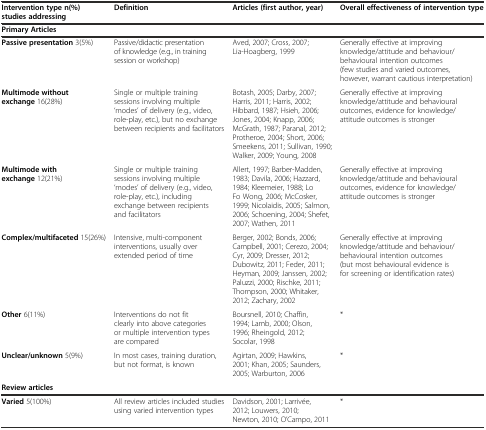
<table><thead><tr><td><b>Intervention type n(%) studies addressing</b></td><td><b>Definition</b></td><td><b>Articles (first author, year)</b></td><td><b>Overall effectiveness of intervention type</b></td></tr><tr><td><b>Primary Articles</b></td><td></td><td></td><td></td></tr></thead><tbody><tr><td><b>Passive presentation</b> 3(5%)</td><td>Passive/didactic presentation of knowledge (e.g., in training session or workshop)</td><td>Aved, 2007; Cross, 2007; Lia-Hoagberg, 1999</td><td>Generally effective at improving knowledge/attitude and behaviour/behavioural intention outcomes (few studies and varied outcomes, however, warrant cautious interpretation)</td></tr><tr><td><b>Multimode without exchange</b> 16(28%)</td><td>Single or multiple training sessions involving multiple ‘modes’ of delivery (e.g., video, role-play, etc.), but no exchange between recipients and facilitators</td><td>Botash, 2005; Darby, 2007; Harris, 2011; Harris, 2002; Hibbard, 1987; Hsieh, 2006; Jones, 2004; Knapp, 2006; McGrath, 1987; Paranal, 2012; Protheroe, 2004; Short, 2006; Smeekens, 2011; Sullivan, 1990; Walker, 2009; Young, 2008</td><td>Generally effective at improving knowledge/attitude and behavioural outcomes, evidence for knowledge/attitude outcomes is stronger</td></tr><tr><td><b>Multimode with exchange</b> 12(21%)</td><td>Single or multiple training sessions involving multiple ‘modes’ of delivery (e.g., video, role-play, etc.), including exchange between recipients and facilitators</td><td>Allert, 1997; Barber-Madden, 1983; Davila, 2006; Hazzard, 1984; Kleemeier, 1988; Lo Fo Wong, 2006; McCosker, 1999; Nicolaidis, 2005; Salmon, 2006; Schoening, 2004; Shefet, 2007; Wathen, 2011</td><td>Generally effective at improving knowledge/attitude and behavioural outcomes, evidence for knowledge/attitude outcomes is stronger</td></tr><tr><td><b>Complex/multifaceted</b> 15(26%)</td><td>Intensive, multi-component interventions, usually over extended period of time</td><td>Berger, 2002; Bonds, 2006; Campbell, 2001; Cerezo, 2004; Cyr, 2009; Dresser, 2012; Dubowitz, 2011; Feder, 2011; Heyman, 2009; Janssen, 2002; Paluzzi, 2000; Rischke, 2011; Thompson, 2000; Whitaker, 2012; Zachary, 2002</td><td>Generally effective at improving knowledge/attitude and behaviour/behavioural intention outcomes (but most behavioural evidence is for screening or identification rates)</td></tr><tr><td><b>Other</b> 6(11%)</td><td>Interventions do not fit clearly into above categories or multiple intervention types are compared</td><td>Boursnell, 2010; Chaffin, 1994; Lamb, 2000; Olson, 1996; Rheingold, 2012; Socolar, 1998</td><td>*</td></tr><tr><td><b>Unclear/unknown</b> 5(9%)</td><td>In most cases, training duration, but not format, is known</td><td>Agirtan, 2009; Hawkins, 2001; Khan, 2005; Saunders, 2005; Warburton, 2006</td><td>*</td></tr><tr><td><b>Review articles</b></td><td></td><td></td><td></td></tr><tr><td><b>Varied</b> 5(100%)</td><td>All review articles included studies using varied intervention types</td><td>Davidson, 2001; Larrivée, 2012; Louwers, 2010; Newton, 2010; O’Campo, 2011</td><td>*</td></tr></tbody></table>